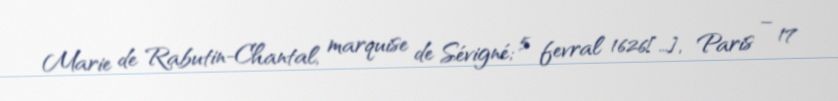
Marie de Rabutin-Chantal, marquise de Sévigné; 5 fevral 1626[…], Paris – 17